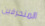
المنحرفين